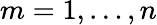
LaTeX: m=1,\ldots,n